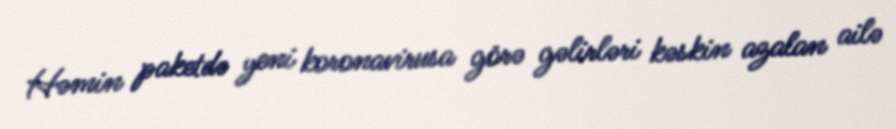
Həmin paketdə yeni koronavirusa görə gəlirləri kəskin azalan ailə